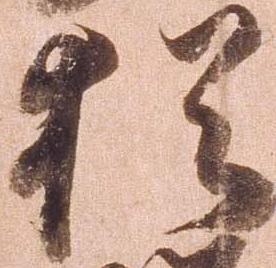
猶